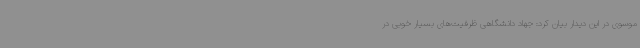
موسوی در این دیدار بیان کرد: جهاد دانشگاهی ظرفیت‌های بسیار خوبی در